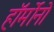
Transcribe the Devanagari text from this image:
हॉर्मोनो